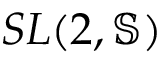
S L ( 2 , \mathbb { S } )